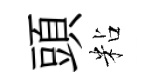
頭粘